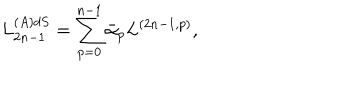
LaTeX: L _ { 2 n - 1 } ^ { ( A ) d S } = \sum _ { p = 0 } ^ { n - 1 } \bar { \alpha } _ { p } L ^ { ( 2 n - 1 , p ) } ,